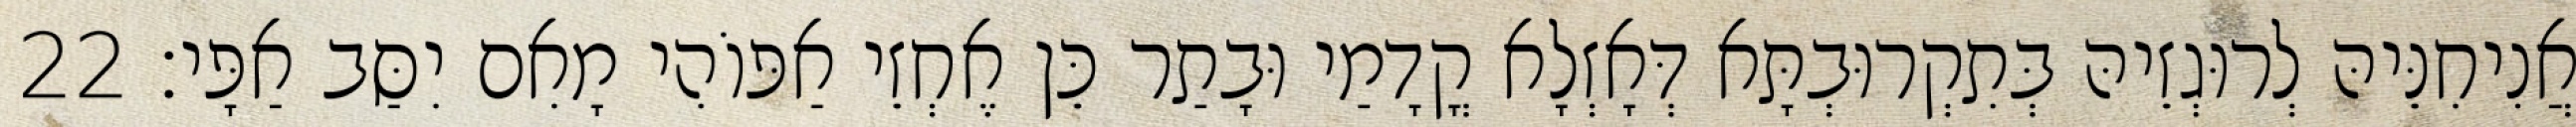
אֲנִיחִנֵּיהּ לְרוּגְזֵיהּ בְּתִקְרוּבְתָּא דְּאָזְלָא קֳדָמַי וּבָתַר כֵּן אֶחְזֵי אַפּוֹהִי מָאִם יִסַּב אַפָּי׃ 22